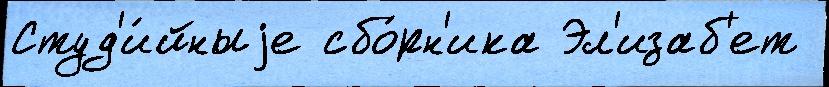
Студ'и́йныjе сбо́рн'ика Эл'изаб'ет